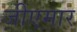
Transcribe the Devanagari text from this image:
जीएमार